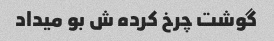
گوشت چرخ کرده ش بو میداد